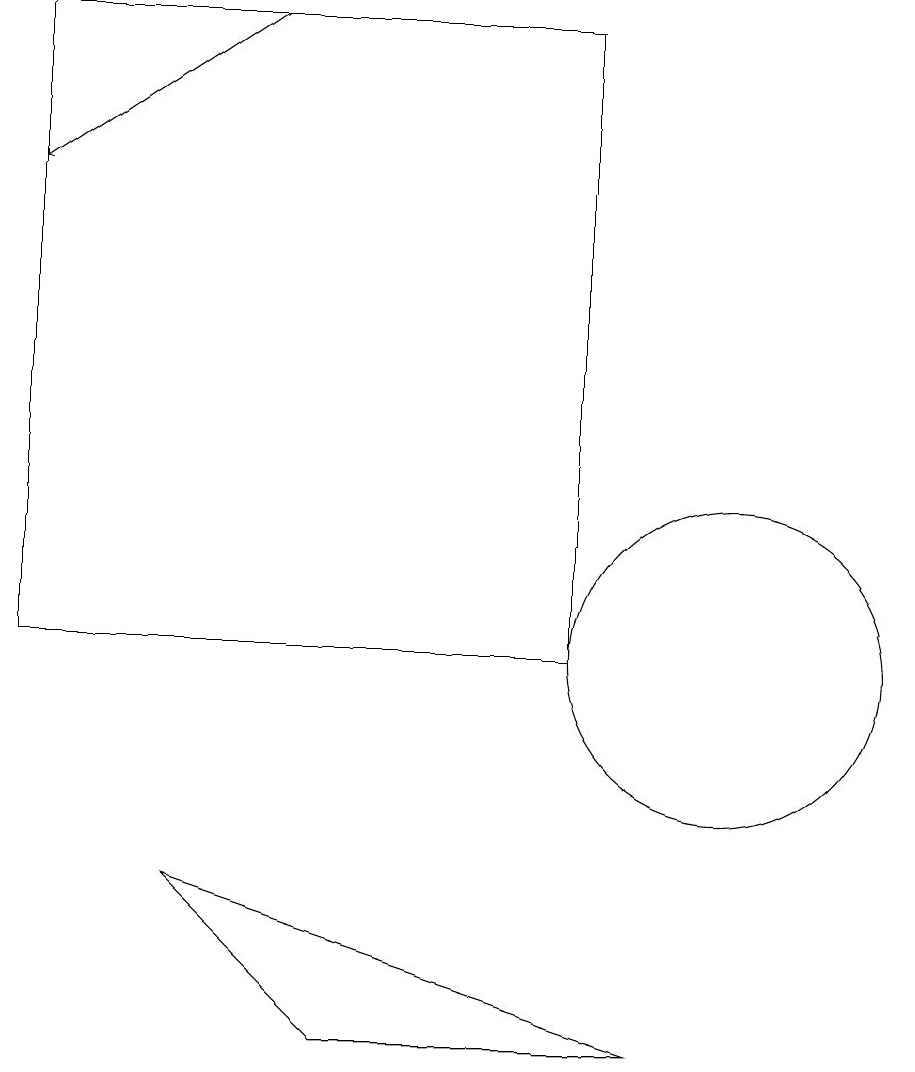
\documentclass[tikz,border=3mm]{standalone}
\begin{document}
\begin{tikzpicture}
\draw (8,18) rectangle (1,10);
\draw (10,10) circle (2);
\draw (10,10) circle (0);
\draw (5,5) -- (3,7) -- (9,5) -- cycle;
\draw[->] (4,18) -- (1,16);
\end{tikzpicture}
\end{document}